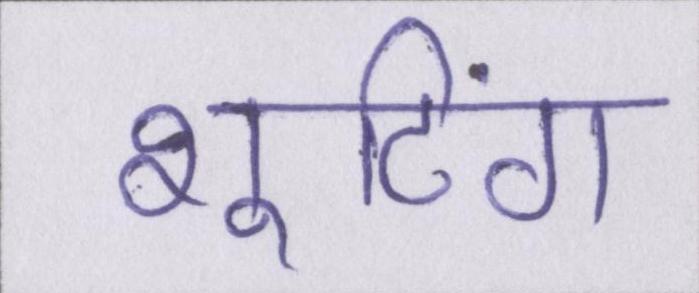
शूटिंग